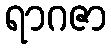
ရာဂဇာ